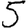
Digit: 5